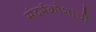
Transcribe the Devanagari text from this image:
संदर्भकोशांची